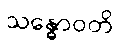
သန္ဓောဝတိ